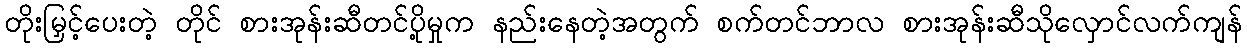
တိုးမြှင့်ပေးတဲ့ တိုင် စားအုန်းဆီတင်ပို့မှုက နည်းနေတဲ့အတွက် စက်တင်ဘာလ စားအုန်းဆီသိုလှောင်လက်ကျန်